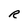
Character: R